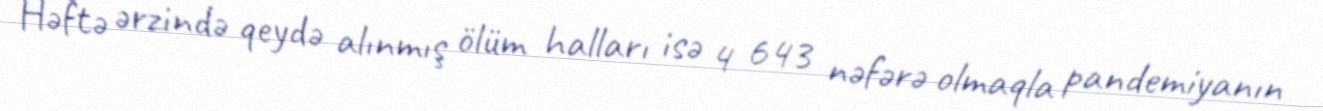
Həftə ərzində qeydə alınmış ölüm halları isə 4 643 nəfərə olmaqla pandemiyanın